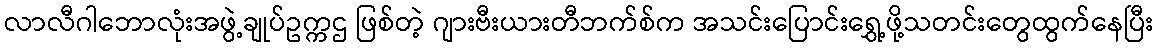
လာလီဂါဘောလုံးအဖွဲ့ချုပ်ဥက္ကဌ ဖြစ်တဲ့ ဂျားဗီးယားတီဘက်စ်က အသင်းပြောင်းရွှေ့ဖို့သတင်းတွေထွက်နေပြီး